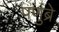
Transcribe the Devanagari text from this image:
पणुंब्रे